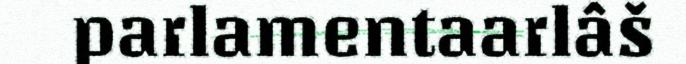
parlamentaarlâš